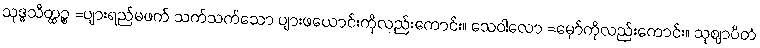
သုဒ္ဓသိတ္ထဉ္စ =ပျားရည်မဖက် သက်သက်သော ပျားဖယောင်းကိုလည်းကောင်း။ သေဝါလော =မှော်ကိုလည်းကောင်း။ သုဈာပိတံ